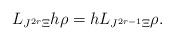
LaTeX: \begin{align*} L_{J^{2r}\Xi}h\rho= h L_{J^{2r-1}\Xi}\rho .\end{align*}